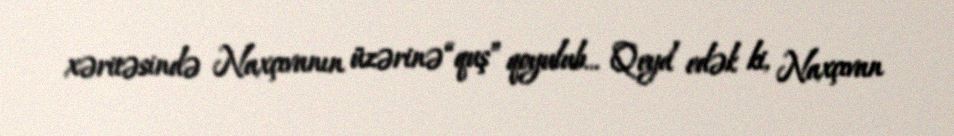
xəritəsində Naxçıvanın üzərinə “quş” qoyulub... Qeyd edək ki, Naxçıvan